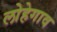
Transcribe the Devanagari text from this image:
लोहेगाव